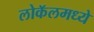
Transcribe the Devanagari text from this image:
लोकॅलमध्ये